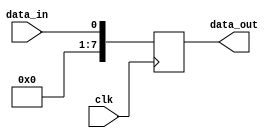
module serial_in_parallel_out(
    input wire clk,
    input wire data_in,
    output reg [7:0] data_out
);

reg [7:0] reg_data [7:0];

always @(posedge clk) begin
    reg_data[0] <= data_in;
    reg_data[1] <= reg_data[0];
    reg_data[2] <= reg_data[1];
    reg_data[3] <= reg_data[2];
    reg_data[4] <= reg_data[3];
    reg_data[5] <= reg_data[4];
    reg_data[6] <= reg_data[5];
    reg_data[7] <= reg_data[6];
end

assign data_out = {reg_data[7], reg_data[6], reg_data[5], reg_data[4], reg_data[3], reg_data[2], reg_data[1], reg_data[0]};

endmodule